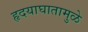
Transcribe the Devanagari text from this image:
हृदयाघातामुळे